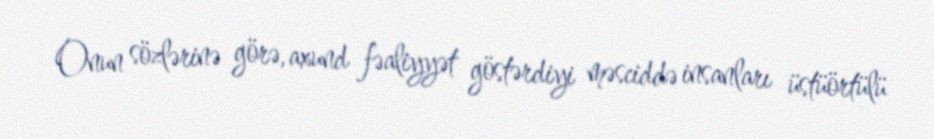
Onun sözlərinə görə, axund fəaliyyət göstərdiyi məsciddə insanları üstüörtülü